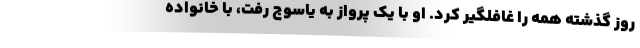
روز گذشته همه را غافلگیر کرد. او با یک پرواز به یاسوج رفت، با خانواده